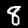
Digit: 8